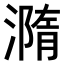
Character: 𣿂